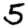
Digit: 5